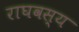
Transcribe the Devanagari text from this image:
राघवस्य